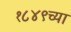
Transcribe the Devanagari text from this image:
१८४९च्या